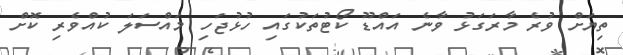
ތިޔަށް ވުރެ މާރަގަޅު ވާނެ އައްޑޫ ކޯޓުތަކުގައި ހުޅުޖަހި މައްސަލަ ކުއްވެރި ކޮށް